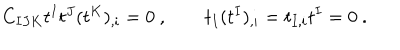
C _ { I J K } t ^ { I } t ^ { J } ( t ^ { K } ) _ { , i } = 0 \ , \qquad t _ { I } ( t ^ { I } ) _ { , i } = t _ { I , i } t ^ { I } = 0 \ .